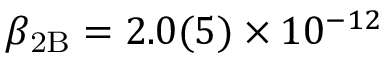
\beta _ { \mathrm { 2 B } } = 2 . 0 ( 5 ) \times 1 0 ^ { - 1 2 }